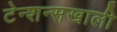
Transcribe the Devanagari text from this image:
टेन्शन्सखाली